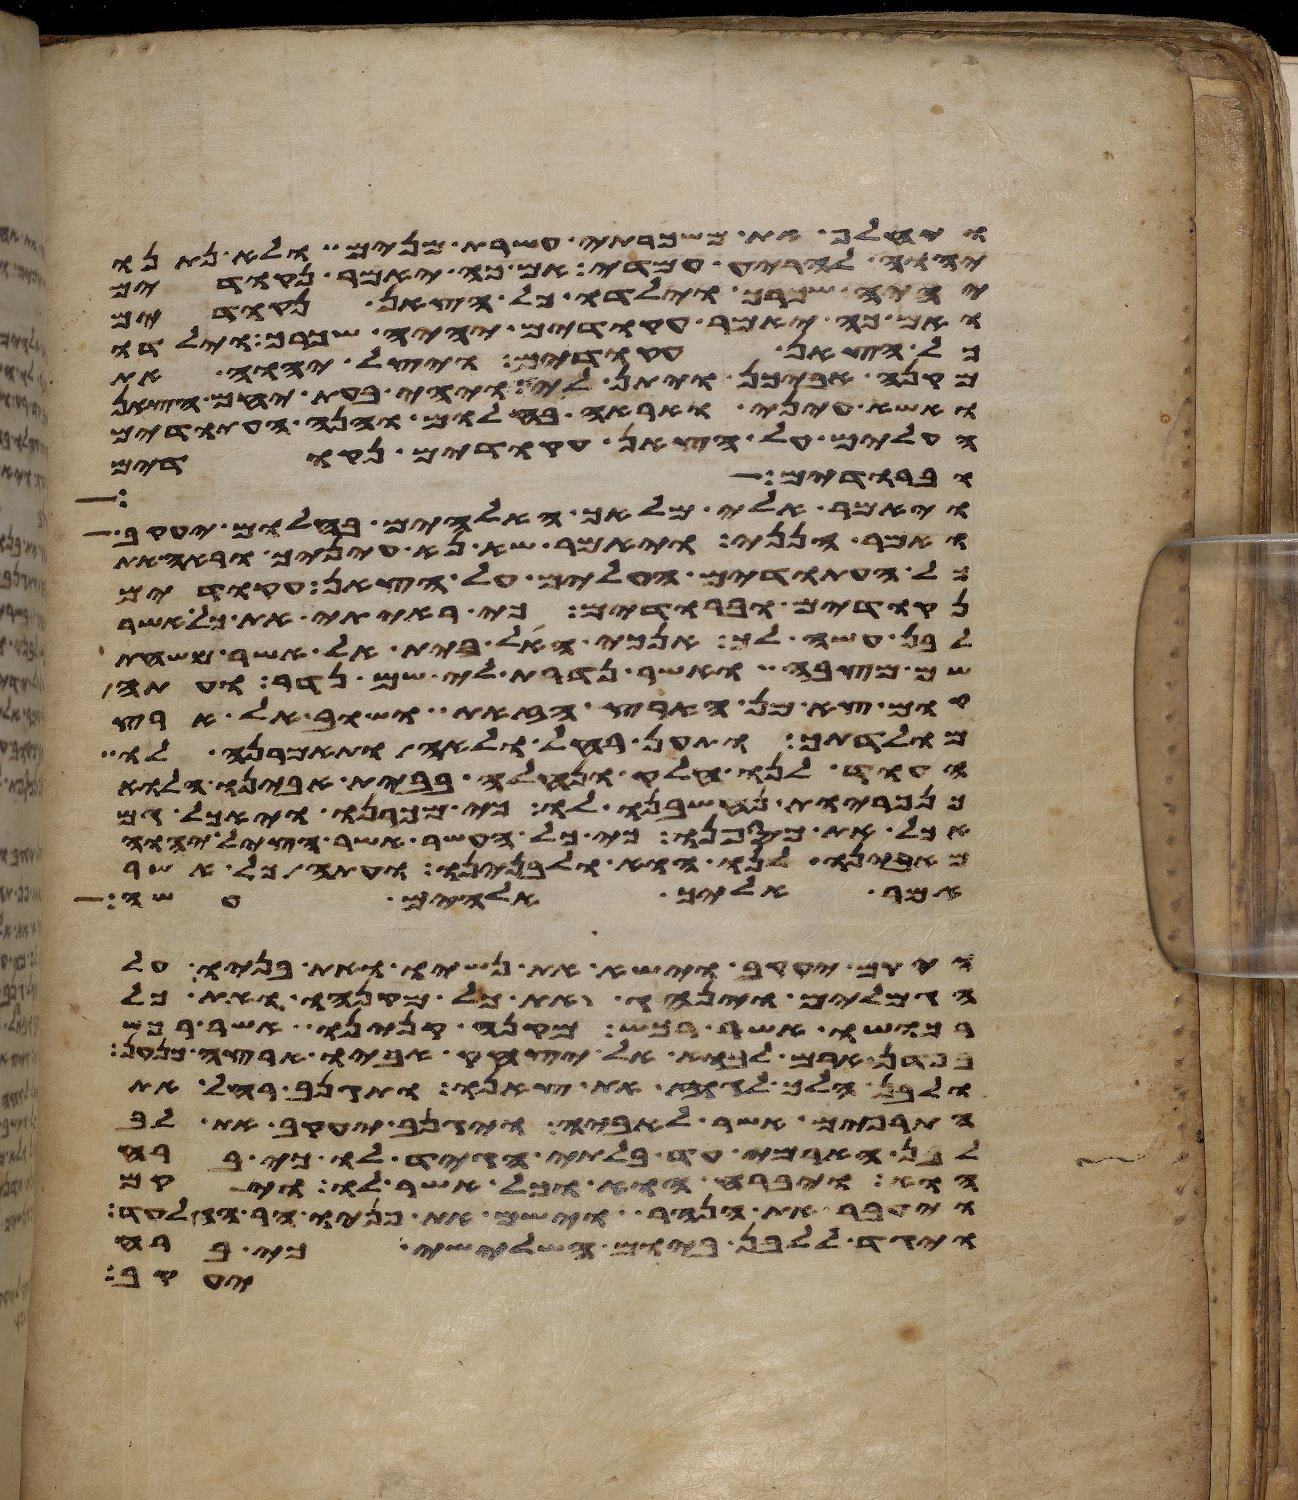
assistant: ויחלף את משכרתי עשרת מנים ולא נתנו
יהוה להריע עמדי אם כה יאמר נקודים
יהיה שכרך וילדו כל הצאן נקודים
ואם כה יאמר עקודים יהיה שכרך וילדו
כל הצאן עקודים ויצל יהוה את
מקנה אביכן ויתן לי ויהי בעת יחם הצאן
ואשא עיני ואראה בחלום והנה העתודים
העלים על הצאן עקודים נקודים
וברודים
ויאמר אלי מלאך האלהים בחלום יעקב
ואמר הנני ויאמר שא נא עיניך וראה את
כל העתודים העלים על הצאן עקודים
נקודים וברודים כי ראיתי את כל אשר
לבן עשה לך אנכי האל בית אל אשר משחת
שם מצבה ואשר נדרת לי שם נדר ועתה
קום צא מן הארץ הזאת ושוב אל ארץ
מולדתך ותען רחל ולאה ותאמרנה לו
העוד לנו חלק ונחלה בבית אבינו הלוא
כנכריות נחשבנו לו כי מכרנו ויאכל גם
אכל את כספנו כי כל העשר אשר הציל יהוה
מאבינו לנו הוא ולבנינו ועתה כל אשר
אמר אליך אלהים עשה
ויקם יעקב וישא את נשיו ואת בניו על
הגמלים וינהג את כל מקנהו ואת כל
רכושו אשר רכש מקנה קנינו אשר רכש
בפדן ארם לבוא אל יצחק אביו ארצה כנען
ולבן הלך לגוז את צאנו ותגנב רחל את
התרפים אשר לאביה ויגנב יעקב את לב
לבן הארמי עד בלתי הגיד לו כי ברח
הוא ויברח הוא וכל אשר לו ויקם
ויעבר את הנהר וישם את פניו הר הגלעד
ויגד ללבן ביום השלישי כי ברח
יעקב